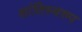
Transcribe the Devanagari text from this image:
शांतिस्वरुप